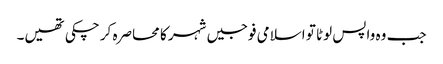
جب وہ واپس لوٹا تو اسلامی فوجیں شہر کا محاصرہ کر چکی تھیں۔